Leaving Certificate Examination (including Day School Certificate (Higher) General paper), 1927
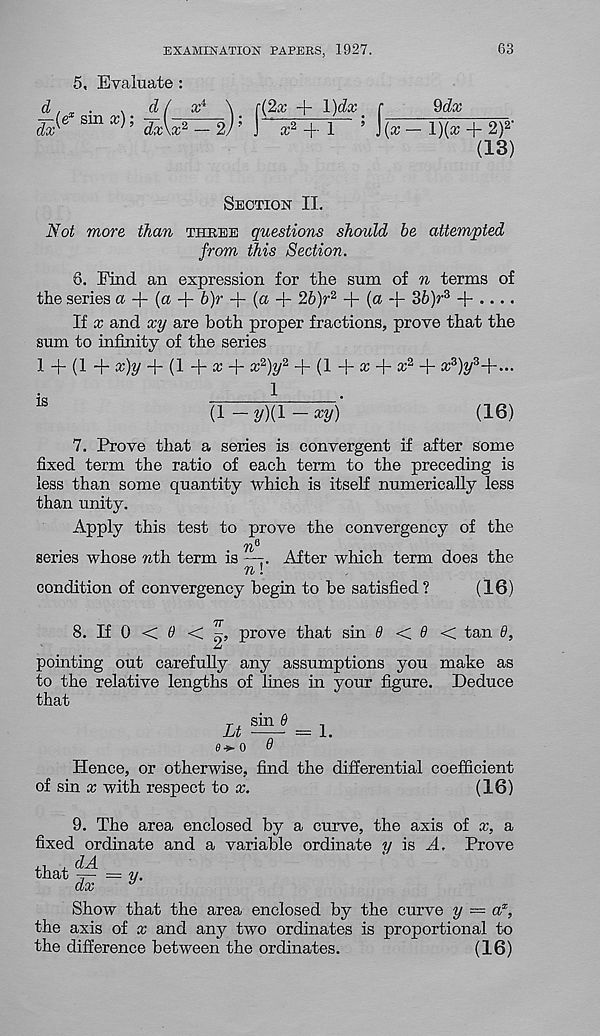
EXAMINATION PAPERS, 1927.
63
5, Evaluate :
d, „ .
.
d / x 4 \ r(2x + \)dx r
Mx
d^e smx^; TxW r^2 ) ; ] a; 2 + 1
; \{x - l)(a; + 2) 2 ’
(13)
Section II.
Not more than three questions should be attempted
from this Section.
8. Find an expression for the sum of n terms of
the series a + (a + 6)r + (a + 26)r 2 + (a + 36)r 3 + • • • •
If x and xy are both proper fractions, prove that the
sum to infinity of the series
1 + (1 + x)y + (!+« + cc 2 )?/ 2 + (1 + * +
1
.
(1 — 2/)(l — **/)
(16)
7. Prove that a series is convergent if after some
fixed term the ratio of each term to the preceding is
less than some quantity which is itself numerically less
than unity.
Apply this test to prove the convergency of the
series whose nth. term is —:. After which term does the
n!
condition of convergency begin to be satisfied?
(16)
8. If 0 < 0 <
prove that sin 6 <. 9 <. tan 6,
pomting out carefully any assumptions you make as
to the relative lengths of lines in your figure. Deduce
that
e*- o 9
Hence, or otherwise, find the differential coefficient
of sin x with respect to a;.
(16)
9. The area enclosed by a curve, the axis of x, a
fixed ordinate and a variable ordinate y is A. Prove
that
dA
dx = y-
Show that the area enclosed by the curve y — a x ,
the axis of x and any two ordinates is proportional to
the difference between the ordinates.
(16)